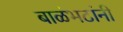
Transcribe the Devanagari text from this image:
बाळंभटांनी